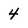
Character: 4